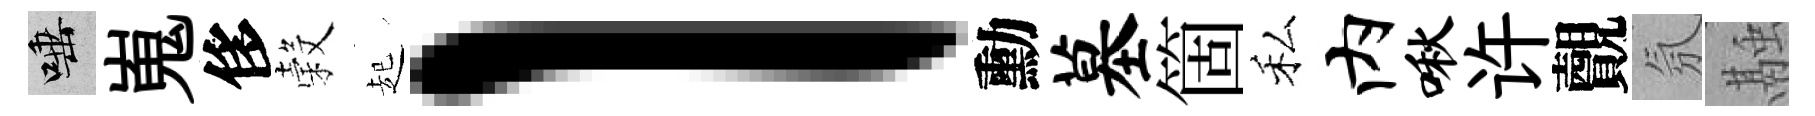
唾嵬侈穀起l勳墓箇私内啾许覿氛融